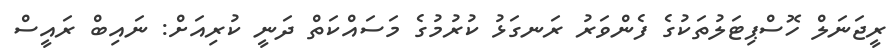
ރީޖަނަލް ހޮސްޕިޓަލުތަކުގެ ފެންވަރު ރަނގަޅު ކުރުމުގެ މަސައްކަތް ދަނީ ކުރިއަށް: ނައިބް ރައީސް